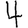
Digit: 4